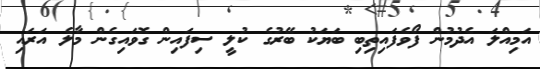
އަމިއްލަ އެދުމުން ފޯވެފައިތިބި ބަޔަކު ބޭރުގެ ކުލީ ސިފައިން ގޮވައިގެން މާލެ އަރައި